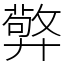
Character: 㢣